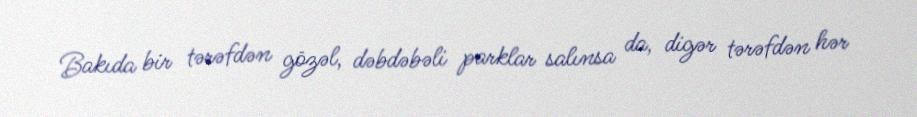
Bakıda bir tərəfdən gözəl, dəbdəbəli parklar salınsa da, digər tərəfdən hər